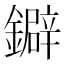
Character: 鐴